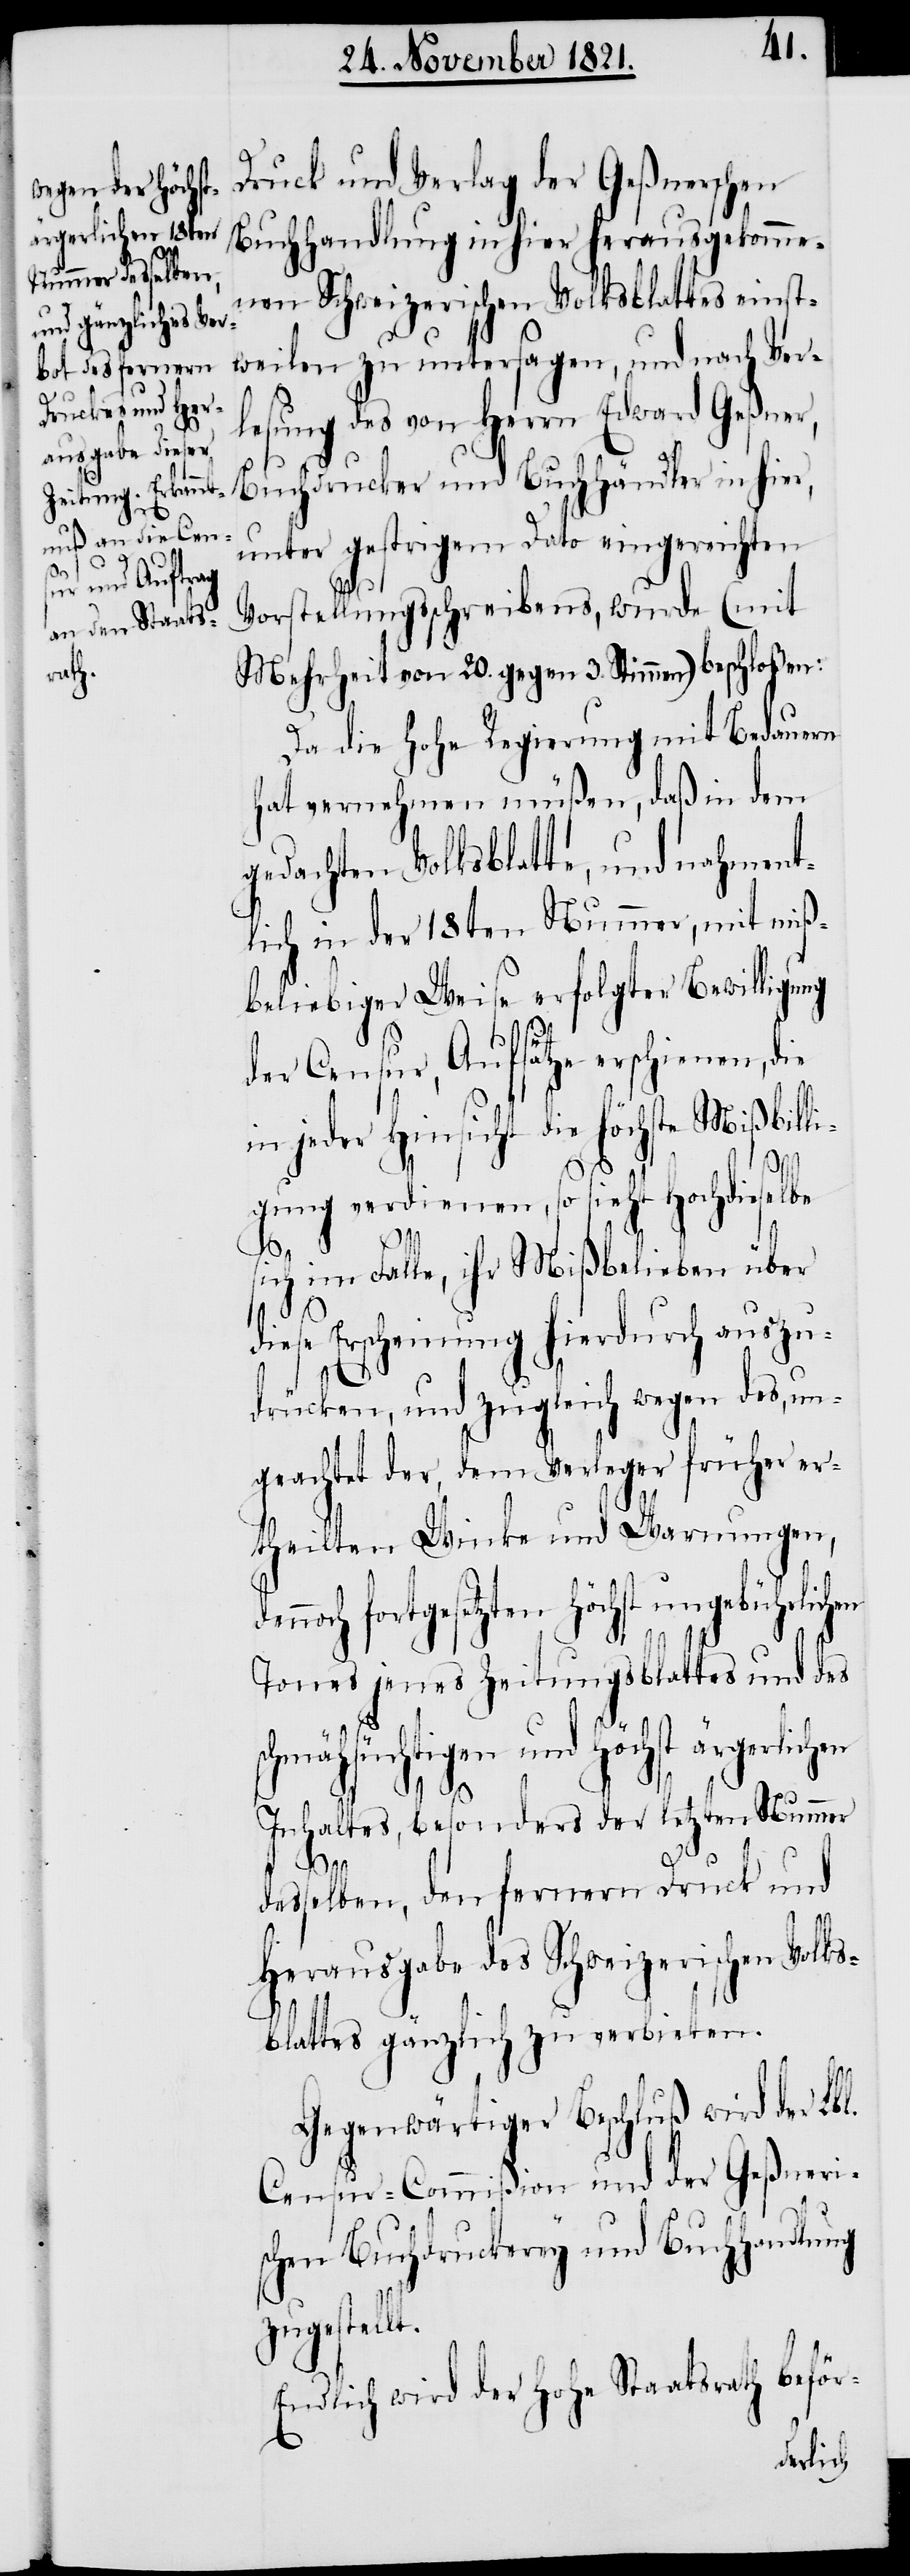
Druck und Verlag der Geßnerschen
Buchhandlung in hier herausgekomme¬
nen Schweizerischen Volksblattes einst¬
weilen zu untersagen, und nach Ver¬
lesung des von Herrn Edward Geßner,
Buchdrucker und Buchhändler in hier,
unter gestrigem dato eingereichten
hen
den¬
Vorstellungsschreibens, wurde (mit
Mehrheit von 20. gegen 3. Stimmen) beschloßen:
Da die Hohe Regierung mit Bedauern
hat vernehmen müßen, daß in dem
gedachten Volksblatte, und nahment¬
lich in der 18ten Nummer, mit miß¬
beliebiger Weise erfolgter Bewilligung
der Censur, Aufsätze erschienen, die
in jeder Hinsicht die höchste Mißbilli¬
gung verdienen, so sieht Hochdieselbe
sich im Falle, ihr Mißbelieben über
diese Erscheinung hierdurch auszu¬
drücken, und zugleich wegen des, un¬
geachtet der, dem Verleger früher er¬
theilten Winke und Warnungen,
noch fortgesetzten Höchst ungebührlic¬
Tones jenes Zeitungsblattes und des
schmähsüchtigen und Höchst ärgerlichen
Inhaltes, besonders der letzten Nummer
desselben, den fernern Druck und
Herausgabe des Schweizerischen Volks¬
blattes gänzlich zu verbieten.
Gegenwärtiger Beschluß wird der Lbl.
Censur-Commißion und der Geßneri¬
schen Buchdruckerey und Buchhandlung
zugestellt.
Endlich wird der Hohe Staatsrath beför-